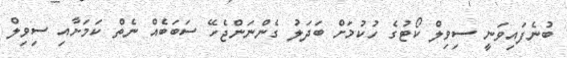
ބުނެފައިވަނީ ސިވިލް ކޯޓުގެ ހުކުމަށް ބަދަލު ގެންނަންޖެހޭ ސަބަބެއް ނެތް ކަމަށާއި ސިވިލް